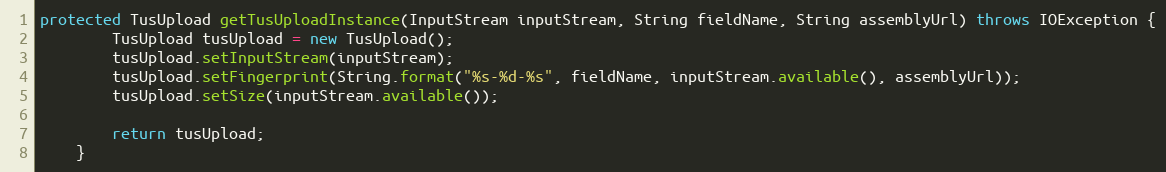
Language: Java
protected TusUpload getTusUploadInstance(InputStream inputStream, String fieldName, String assemblyUrl) throws IOException {
        TusUpload tusUpload = new TusUpload();
        tusUpload.setInputStream(inputStream);
        tusUpload.setFingerprint(String.format("%s-%d-%s", fieldName, inputStream.available(), assemblyUrl));
        tusUpload.setSize(inputStream.available());

        return tusUpload;
    }